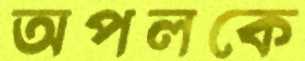
অপলকে